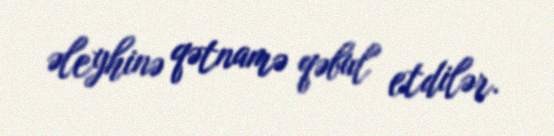
əleyhinə qətnamə qəbul etdilər.